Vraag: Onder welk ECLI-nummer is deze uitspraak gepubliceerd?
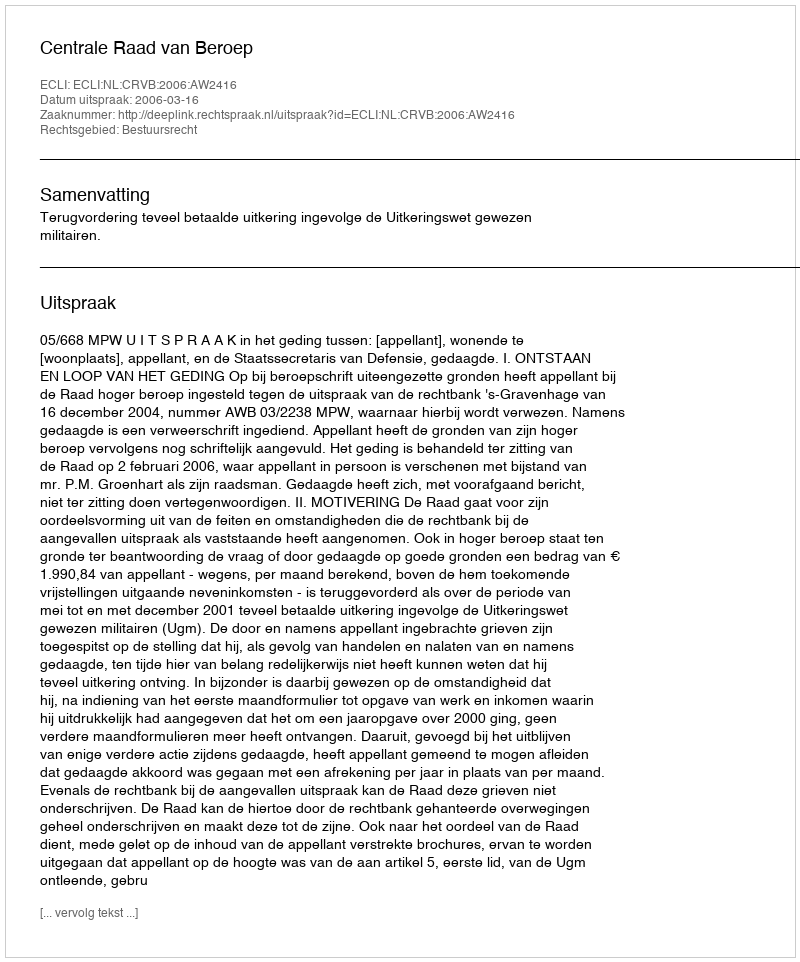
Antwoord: ECLI:NL:CRVB:2006:AW2416